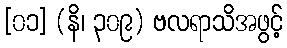
[၀၁] (နိ၊ ၃၀၉) ဗလရာသိအဖွင့်